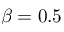
\beta = 0 . 5